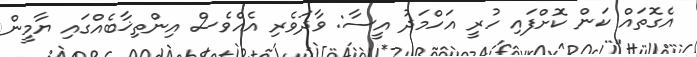
އެގޮތައް ކަން ކޮށްފައި ހުރީ އަހްމަދު އީސާ: ވާދަވެރި އެއްވެސް އިންތިޚާބެއްގައި ޔާމީން